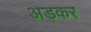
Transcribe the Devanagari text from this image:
अड़कर